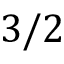
3 / 2